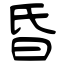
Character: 昏